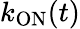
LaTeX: k_{\mathrm{ON}}(t)